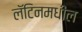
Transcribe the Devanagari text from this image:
लॅटिनमधील